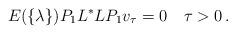
LaTeX: \begin{align*} E(\{\lambda\})P_1 L^*LP_1 v_\tau=0\quad \tau>0\,. \end{align*}